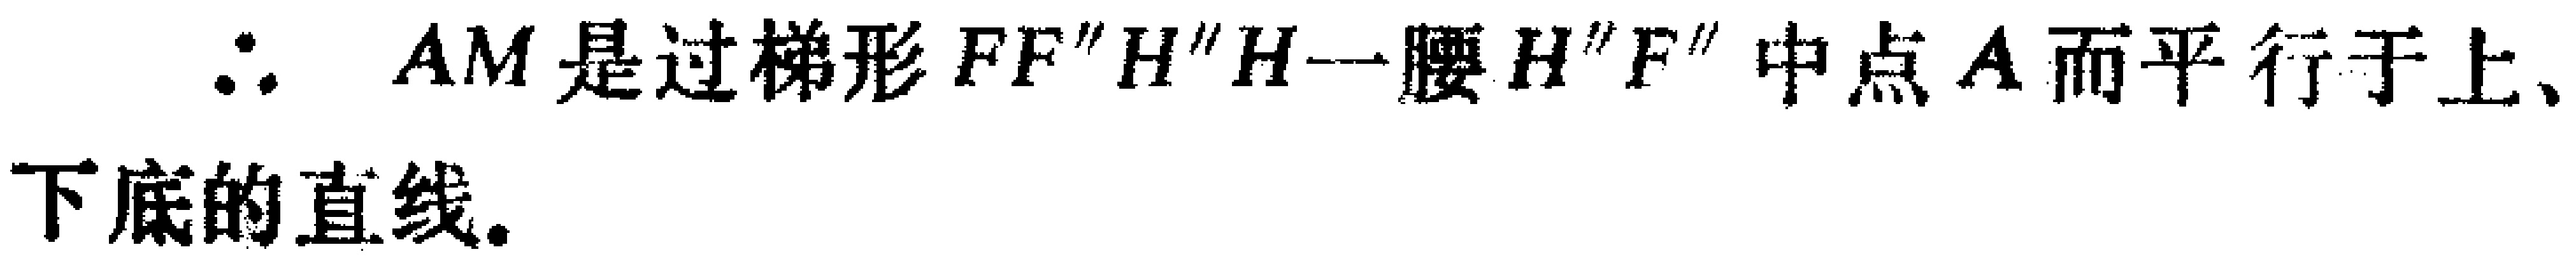
\(\therefore\) \(AM\)是过梯形\(FF^{\prime\prime}H^{\prime\prime}H\)一腰\(H^{\prime\prime}F^{\prime\prime}\)中点\(A\)而平行于上、下底的直线.